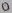
Text: 0